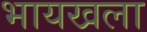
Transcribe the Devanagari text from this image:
भायखला